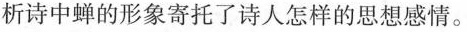
析诗中蝉的形象寄托了诗人怎样的思想感情。